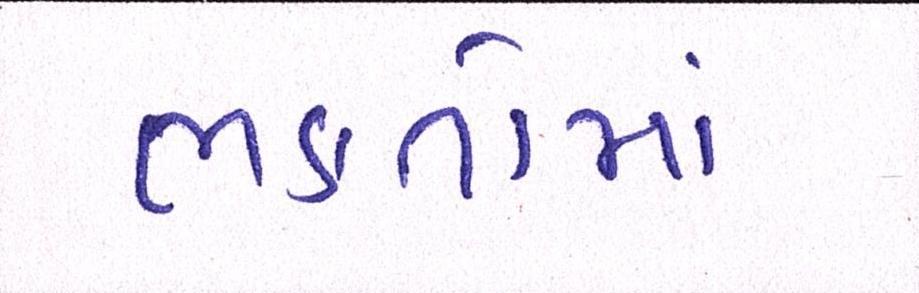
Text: ભકતોમાં